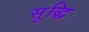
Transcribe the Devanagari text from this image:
सुद्धि